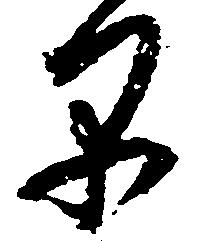
早